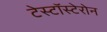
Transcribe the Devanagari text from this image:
टेस्टॉस्टेरोन